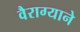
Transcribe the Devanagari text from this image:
वैराग्याने